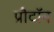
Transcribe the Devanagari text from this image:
प्रौटॉन